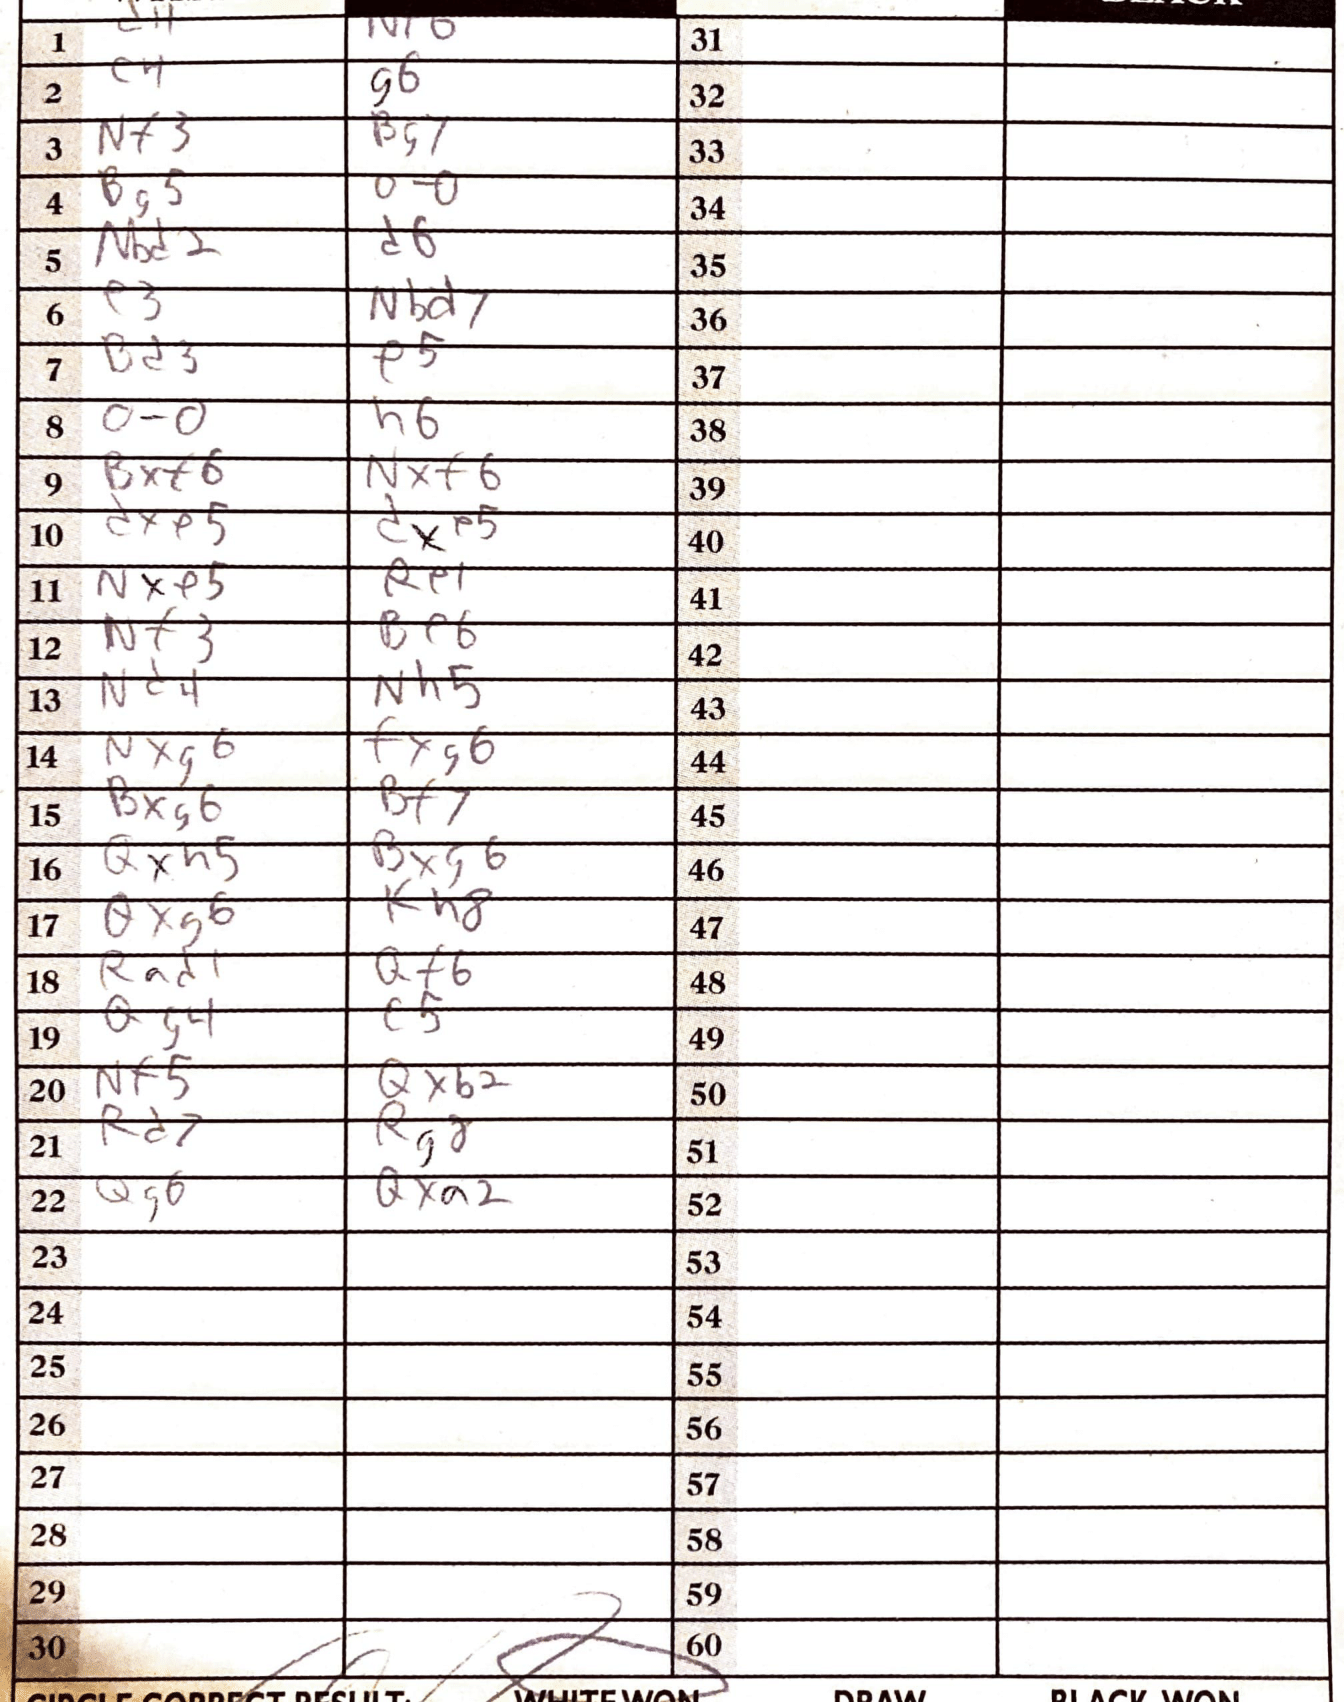
Moves: c4 g6 Nf3 Bg7 Bg5 O-O Nbd2 d6 e3 Nbd7 Bd3 e5 O-O h6 Bxf6 Nxf6 dxe5 dxe5 Nxe5 Re1 Nf3 Be6 Nd4 Nh5 Nxg6 fxg6 Bxg6 Bf7 Qxh5 Bxg6 Qxg6 Kh8 Rad1 Qf6 Qg4 c5 Nf5 Qxb2 Rd7 Rg8 Qg6 Qxa2